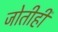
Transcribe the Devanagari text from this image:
जोतीही